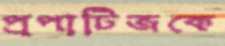
প্রপাটিজকে